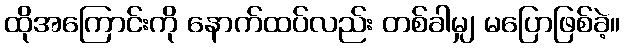
ထိုအကြောင်းကို နောက်ထပ်လည်း တစ်ခါမျှ မပြောဖြစ်ခဲ့။